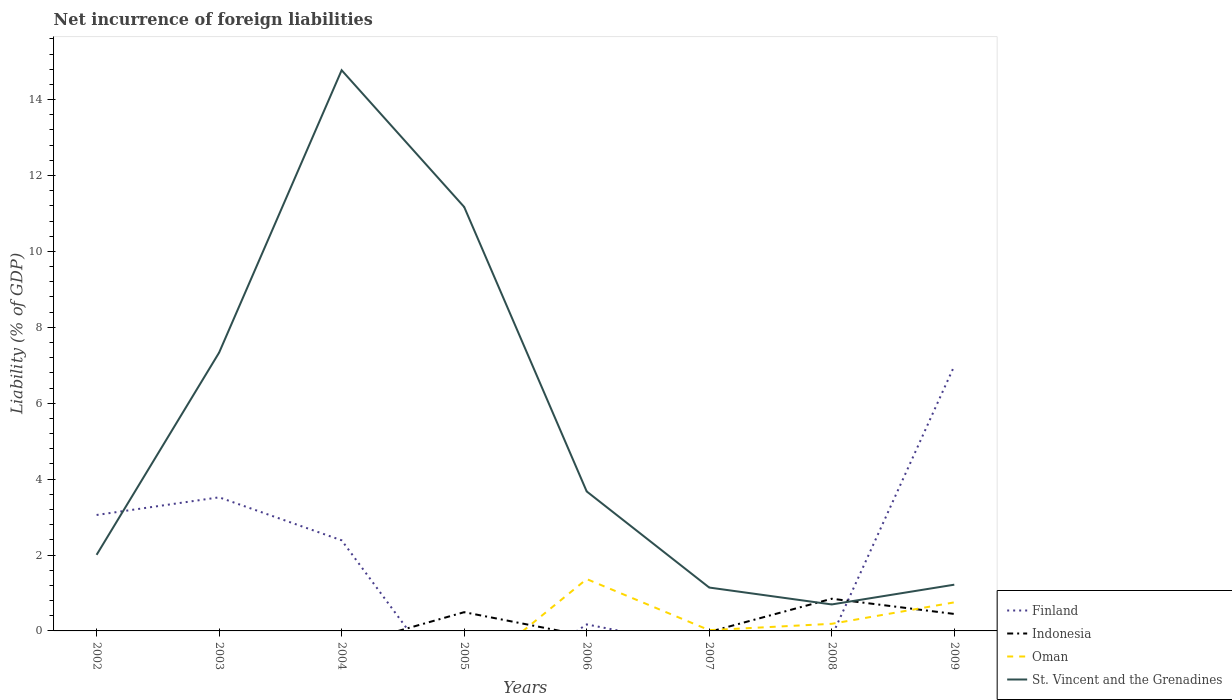
| Years | Finland | Indonesia | Oman | St. Vincent and the Grenadines |
 | --- | --- | --- | --- | --- |
 | 2002 | 3.05 | -0.135 | -2.96 | 2 |
 | 2003 | 3.52 | -0.333 | -1.91 | 7.33 |
 | 2004 | 2.39 | -0.424 | -0.892 | 14.8 |
 | 2005 | -1.98 | 0.494 | -1.26 | 11.2 |
 | 2006 | 0.171 | -0.136 | 1.37 | 3.67 |
 | 2007 | -0.456 | -0.0257 | 0.0198 | 1.14 |
 | 2008 | -0.14 | 0.848 | 0.188 | 0.698 |
 | 2009 | 6.98 | 0.447 | 0.752 | 1.22 |